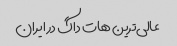
عالی‌ترین هات داگ در ایران